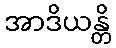
အာဒိယန္တိ